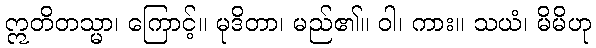
ဣတိတသ္မာ၊ ကြောင့်။ မုဒိတာ၊ မည်၏။ ဝါ၊ ကား။ သယံ၊ မိမိဟု